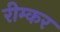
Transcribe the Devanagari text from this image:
रीम्कर